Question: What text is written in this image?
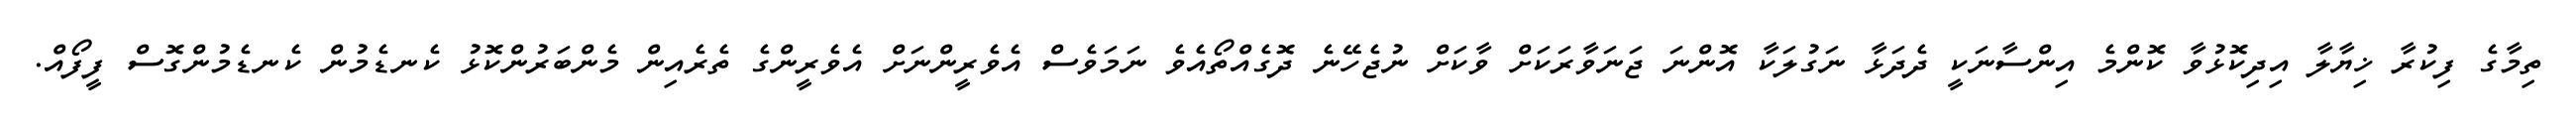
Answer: ތިމާގެ ފިކުރާ ޚިޔާލާ އިދިކޮޅުވާ ކޮންމެ އިންސާނަކީ ދެދަޅާ ނަގުލަކާ އޮންނަ ޖަނަވާރަކަށް ވާކަށް ނުޖެހޭނެ ދޮގެއްތޯއެވެ ނަމަވެސް އެވެރީންނަށް އެވެރީންގެ ތެރެއިން މެންބަރުންކޮޅު ކެނޑެމުން ކެނޑެމުންގޮސް ފީފޯއް.